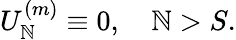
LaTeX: U_{\mathbb{N}}^{(m)}\equiv0,\quad\mathbb{N}>S.